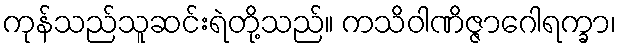
ကုန်သည်သူဆင်းရဲတို့သည်။ ကသိဝါဏိဇ္ဇာဂေါရက္ခာ၊